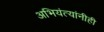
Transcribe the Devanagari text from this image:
अभियंत्यांनीही